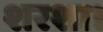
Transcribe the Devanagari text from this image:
शरशा।